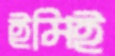
ইমিই